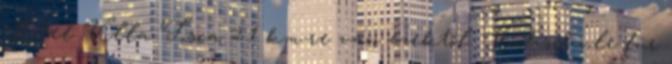
Hotel Villa Tosca 2.1 km-re van ezektől: Hochschule für